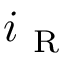
i _ { \mathrm { ~ R ~ } }